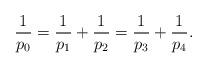
LaTeX: \begin{align*}\frac{1}{p_0}=\frac{1}{p_1}+\frac{1}{p_2}=\frac{1}{p_3}+\frac{1}{p_4}.\end{align*}